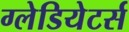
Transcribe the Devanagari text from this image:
ग्लेडियेटर्स